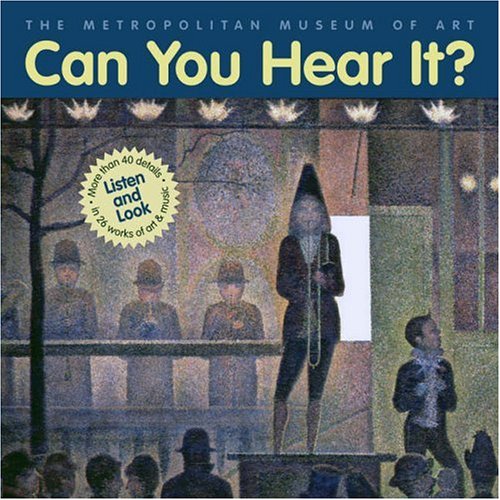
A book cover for Can You Hear It?; William Lach; Children's Books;